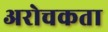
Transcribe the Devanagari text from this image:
अरोचकता